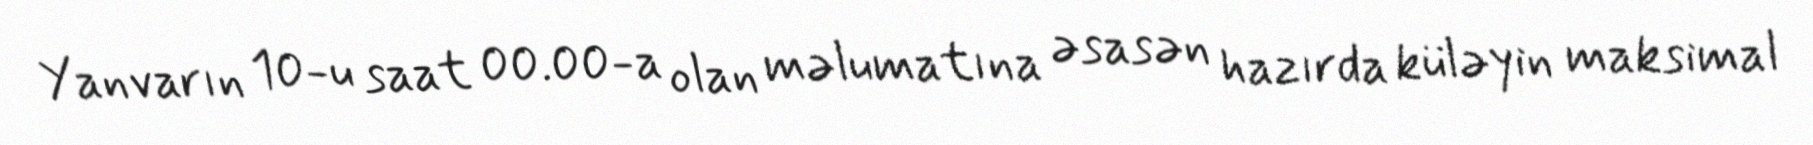
Yanvarın 10-u saat 00.00-a olan məlumatına əsasən hazırda küləyin maksimal